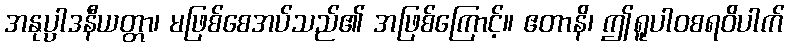
အနုပ္ပါဒနီယတ္တာ၊ မဖြစ်စေအပ်သည်၏ အဖြစ်ကြောင့်။ ဧတာနိ၊ ဤရူပါဝစရဝိပါက်